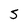
Character: 5